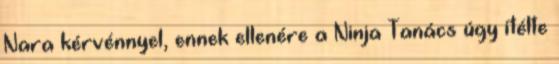
Nara kérvénnyel, ennek ellenére a Ninja Tanács úgy ítélte